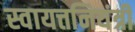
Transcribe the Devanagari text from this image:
स्वायत्तनियंत्री